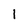
Character: 1